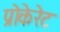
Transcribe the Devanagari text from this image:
प्रोकेरेट